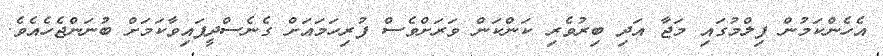
އެހެންކަމުން ފިލްމުގައި މަޖާ އަދި ބިރުވެރި ކަންކަން ވަރަށްވެސް ފުރިހަމައަށް ގެެނެސްދީފައިވާކަމަށް ބުނަންޖެހެއެވެ.